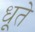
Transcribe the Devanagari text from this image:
धूते